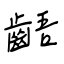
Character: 齬